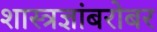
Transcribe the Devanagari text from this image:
शास्त्रज्ञांबरोबर